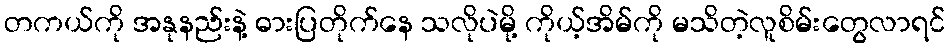
တကယ်ကို အနုနည်းနဲ့ ဓားပြတိုက်နေ သလိုပဲမို့ ကိုယ့်အိမ်ကို မသိတဲ့လူစိမ်းတွေလာရင်